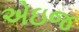
એઇજ